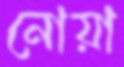
নোয়া